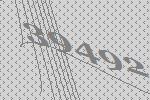
39492